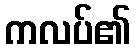
ကလပ်၏